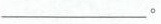
___。